V__Kingissepa_nim__kolhoos, lk 29
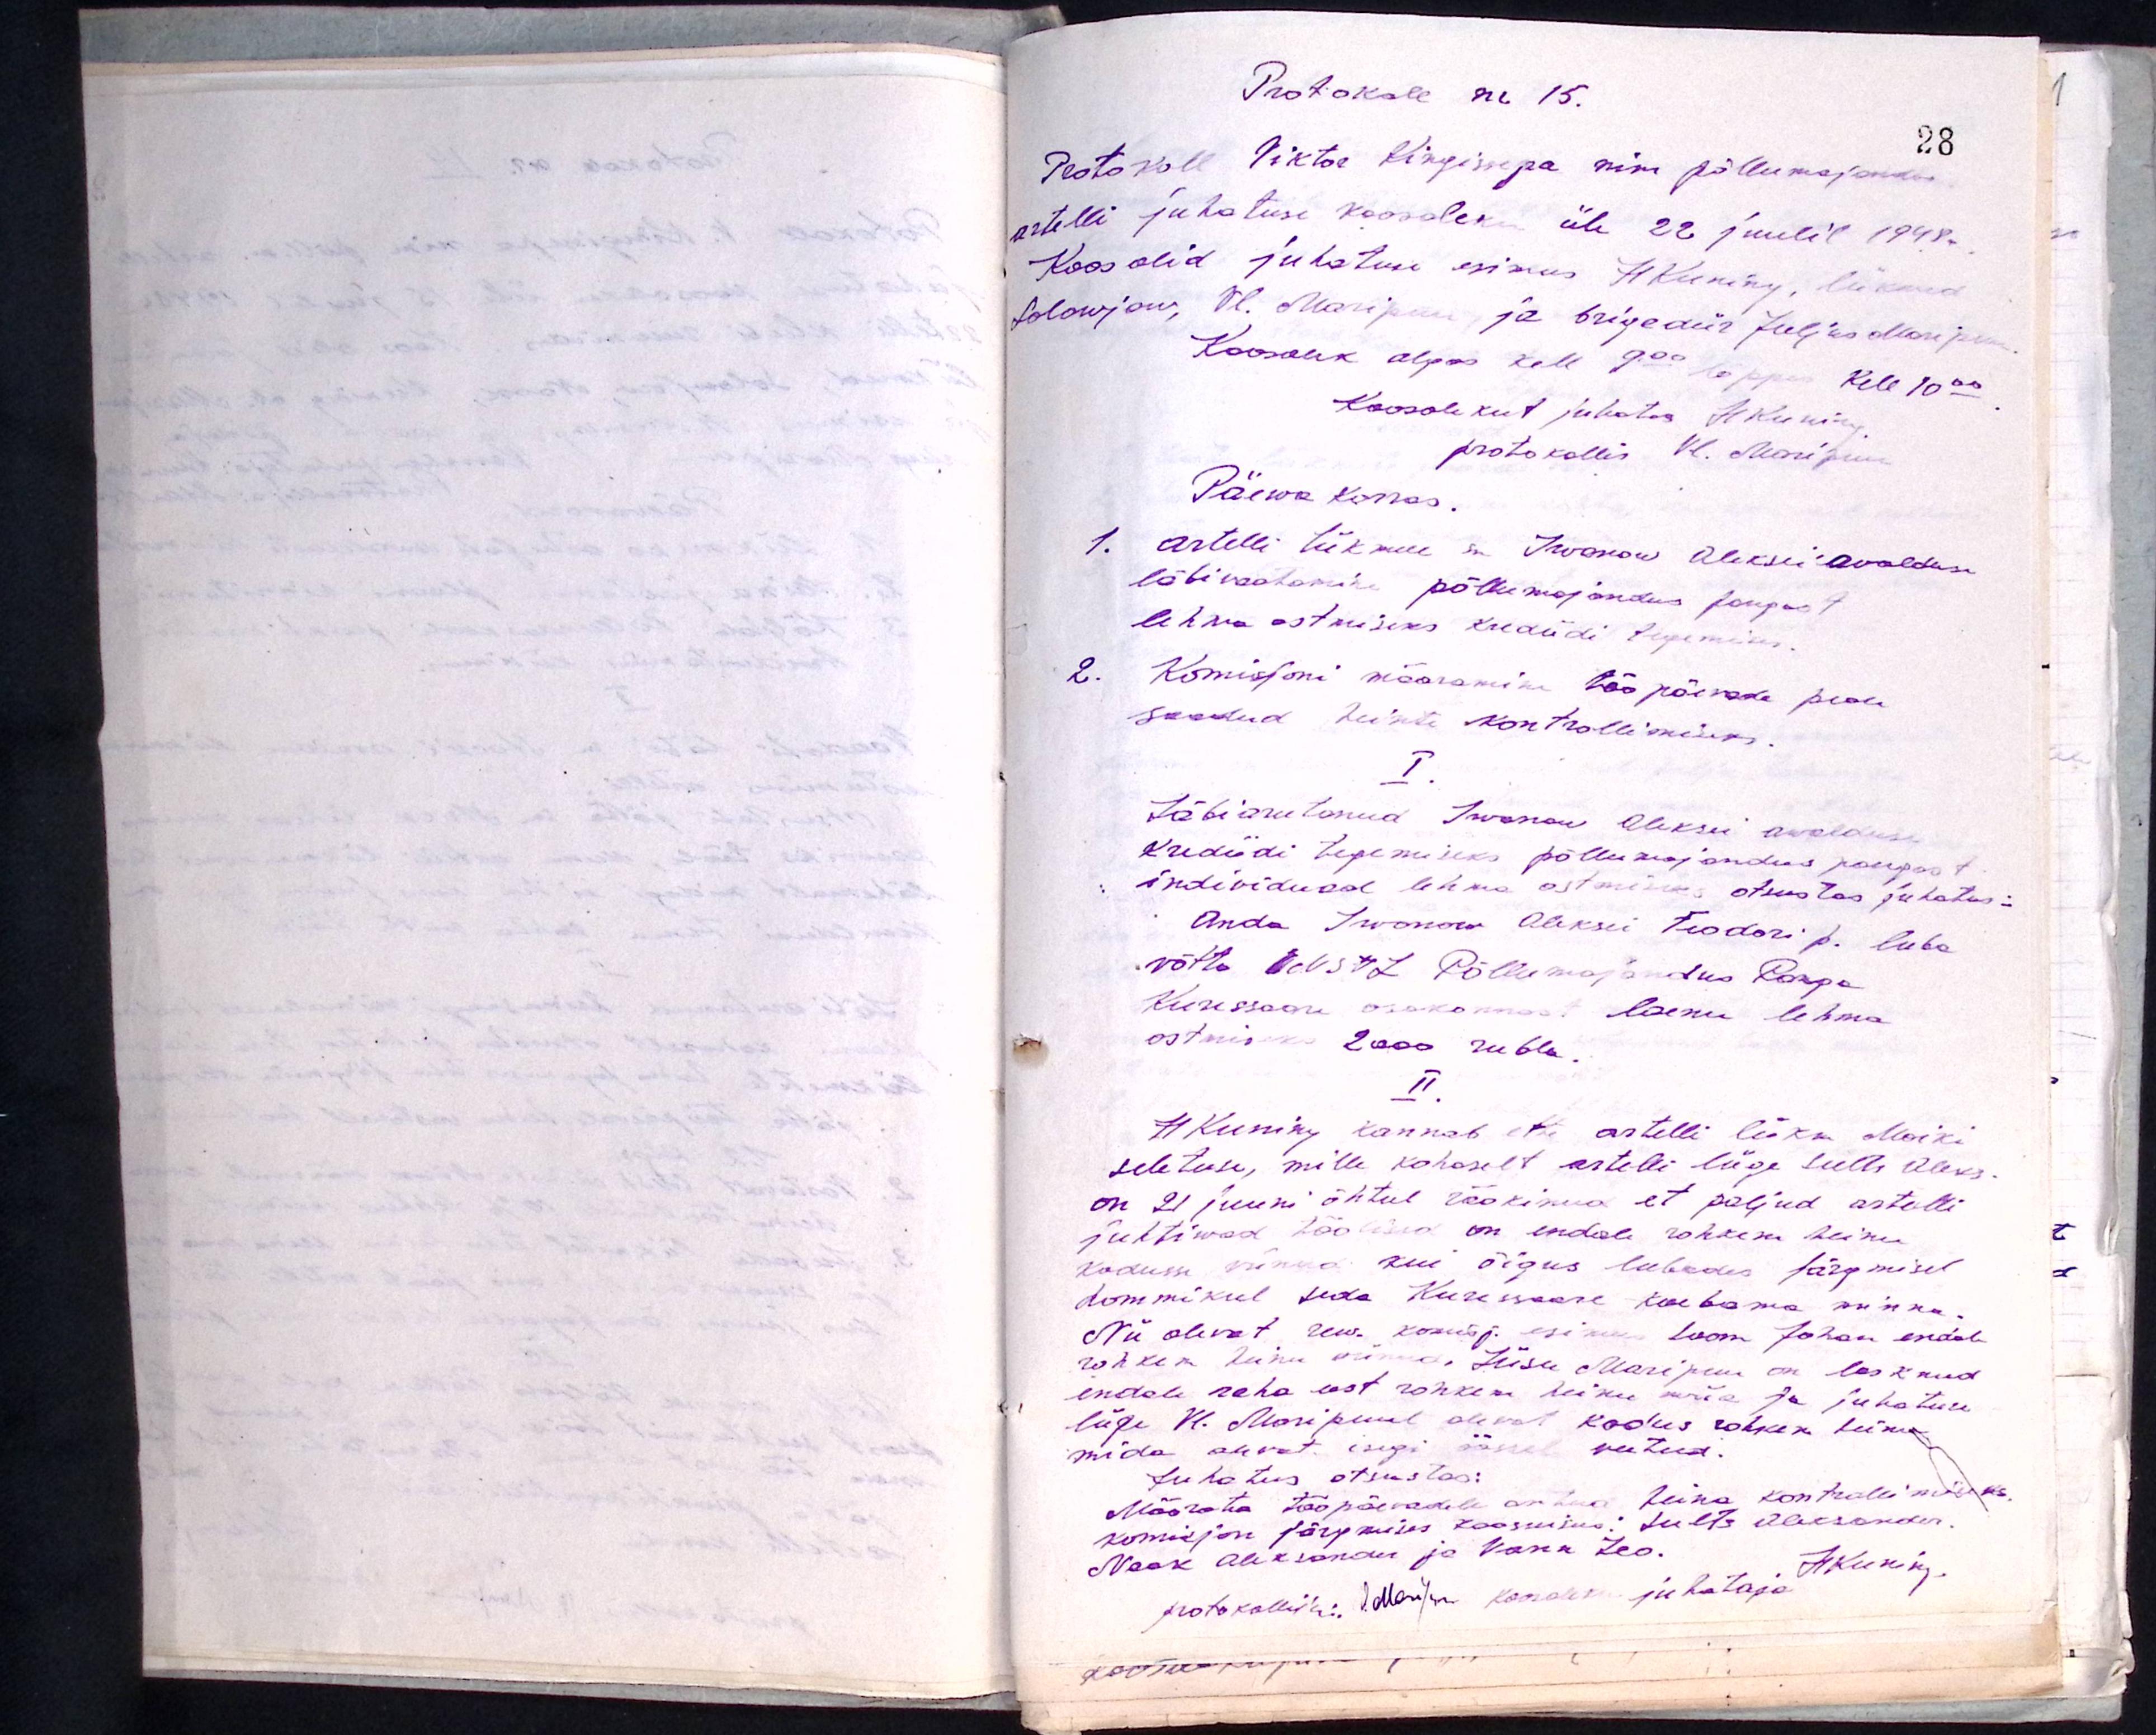
Protokoll nr 15.
Protokoll Viktor Kingissepa nim põllumajandus
artelli juhatuse koosoleku üle 22 juulil 1948.
Koos olid juhatuse esimees H Kuning, liikmed
Solowjow, Vl. Maripuu, ja brigadiir Juljus Maripuu
Koosolek algas kell 9.00 lõppes kell 10.00
Koosolekut juhatas H. Kuning
protokollis Vl. Maripuu
Päewa korras.
1. Artelli liikme sm Iwanow Aleksei avalduse
läbivaatamine põllumajandus pangast
lehma ostmiseks krediidi tegemises
2. Komisjoni määramine tööpäevade peale
saadud heinte kontrollimiseks.
I
Läbiarutanud Iwanow Aleksei awalduse
krediidi tegemiseks põllumajandus pangast
individuaal lehma ostmiseks otsustas juhatus:
Anda Iwanow Aleksei Feodori p. luba
võtta ENSVL Põllumajandus Panga
Kuressaare osakonnast laenu lehma
ostmiseks 2000 rubla.
II.
H. Kuning kannab ette artelli liikme Moiki
seletuse, mille kohaselt artelli liige selle Aleks
on 21 juuni õhtul rääkinud, et paljud artelli
juhtiwad töölised on endale rohkem heinu
kodusse viinud kui õigus lubades järgmisel
hommikul seda Kuresaare kaebama minna
Nii olevat rew. komisj. esimees Soom Johan endal
rohkem heinu võtnud. Liisu Maripuu on lasknud
endale raha eest rohkem heinu müia ja juhatuse
liige Vl. Maripuul olevat kodus rohkem heinu
mida olevat isegi öösel veetud.
Juhatus otsustas:
Määrata tööpäevadele antud heina kontrollimiseks,
komisjon järgmises kooseisus: Sults Aleksander
Naak Aleksander ja Vana Leo.
HKuning
protokollija: 1. Nendrik koosoleku juhataja